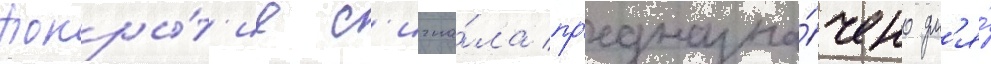
Покры́т'ие с'игна́ла пр'едназна́чено дл'я́